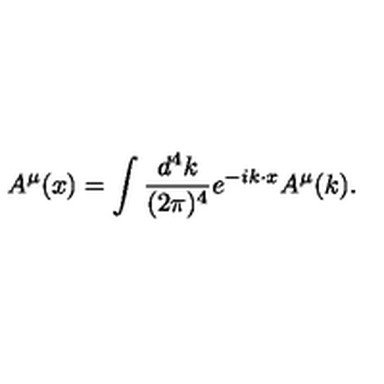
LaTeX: { A ^ { \mu } } ( x ) = \int { \frac { d ^ { 4 } k } { ( 2 \pi ) ^ { 4 } } } e ^ { - i k \cdot x } { A ^ { \mu } } ( k ) .